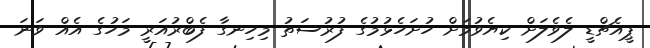
ޕީއެޗްޑީ ލެވެލަށް ކިޔެވުމަށް ހުށަހެޅުމުގެ ފުރުސަތު މިހިނގާ ފެބްރުއަރީ މަހުގެ އެއް ވަނަ